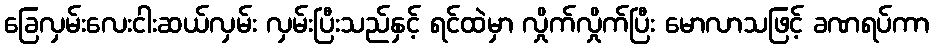
ခြေလှမ်းလေးငါးဆယ်လှမ်း လှမ်းပြီးသည်နှင့် ရင်ထဲမှာ လှိုက်လှိုက်ပြီး မောလာသဖြင့် ခဏရပ်ကာ